Investigations on Bengal jail dietaries - Number 37
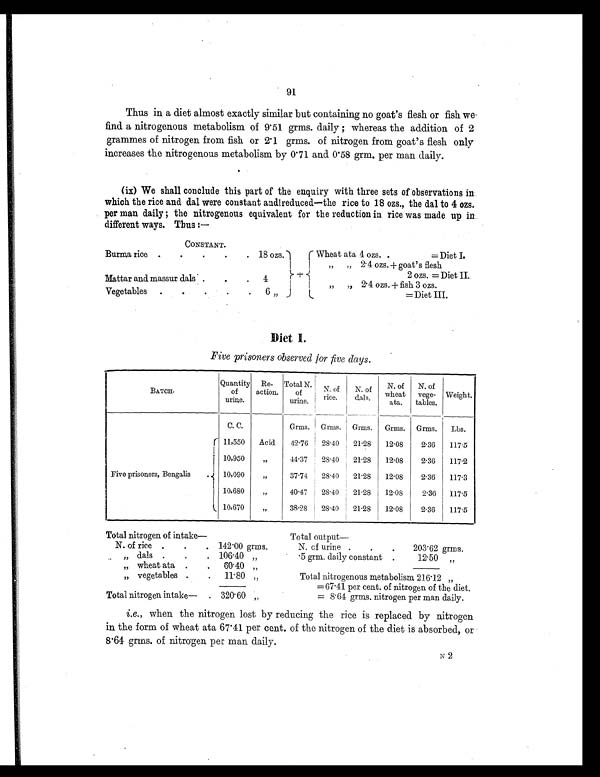
91
Thus in a diet almost exactly similar but containing no goat's flesh or fish we
find a nitrogenous metabolism of 9.51 grms. daily ; whereas the addition of 2
grammes of nitrogen from fish or 2.1 grms. of nitrogen from goat's flesh only
increases the nitrogenous metabolism by 0.71 and 0.58 grm. per man daily.
(ix) We shall conclude this part of the enquiry with three sets of observations in
which the rice and dal were constant and reduced—the rice to 18 ozs., the dal to 4 ozs.
per man daily ; the nitrogenous equivalent for the reduction in rice was made up in
different ways. Thus :—
CONSTANT.
Burma rice .
.
.
.
. 18 ozs.
Wheat ata 4 ozs. .
= Diet I.
„
„ 2.4 ozs. + goat's flesh
+
2 ozs. = Diet II.
Mattar and massur dals .
.
.
4
„
,, 2.4 ozs. + fish 3 ozs.
Vegetables
.
.
.
.
.
6 „
= Diet III.
Diet I.
Five prisoners observed for five days.
BATCH.
Quantity
of
urine.
Re-
action.
Total N.
of
urine.
N. of
rice.
N. of
dals.
N. of
wheat
ata.
N. of
vege-
tables.
Weight.
C. C.
Grms. Grms. Grms.
Grms. Grms.
Lbs.
Five prisoners, Bengalis .
11,550
Acid
42 . 76
28.40
21 . 28
12 . 08
2.36
117.5
10,950
„
44.37
28 .40
21 . 28
12 . 08
2.36
117.2
10,090
„
37.74
28 . 40
21 . 28
12 . 08
2.36
117 . 3
10,680
„
40.47
28 . 40
21.28
12 . 08
2.36
117.5
10,670
„
38 . 28
28 . 40
21 .28
12 . 08
2.36
117.5
Tot al ni t r ogen of i nt ake—
Total output
—
N. of rice .
.
. 142.00 grms.
N. of urine .
.
.
203.62 grms.
„ dals .
.
. 106.40 „
.5 grm. daily constant .
12.50 „
„ wheat ata .
. 60.40 „
„ vegetables .
.
11.80 „
Total nitrogenous metabolism 216.12 „
= 67.41 per cent. of nitrogen of the diet.
Total nitrogen intake— . 320.60 „
= 8.64 grms. nitrogen per man daily.
i.e., when the nitrogen lost by reducing the rice is replaced by nitrogen
in the form of wheat ata 67.41 per cent. of the nitrogen of the diet is absorbed, or
8.64 grms. of nitrogen per man daily.
N 2